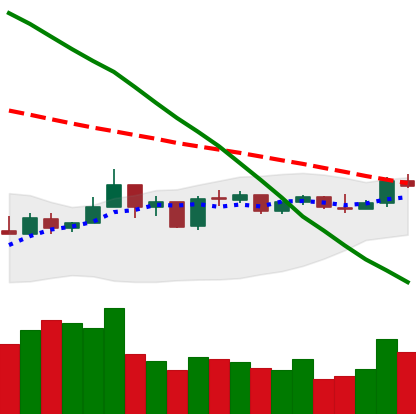
Ticker: NEO-USD
Chart end date: 2019-01-07
Forward return: -8.488%
Label: down_7plus